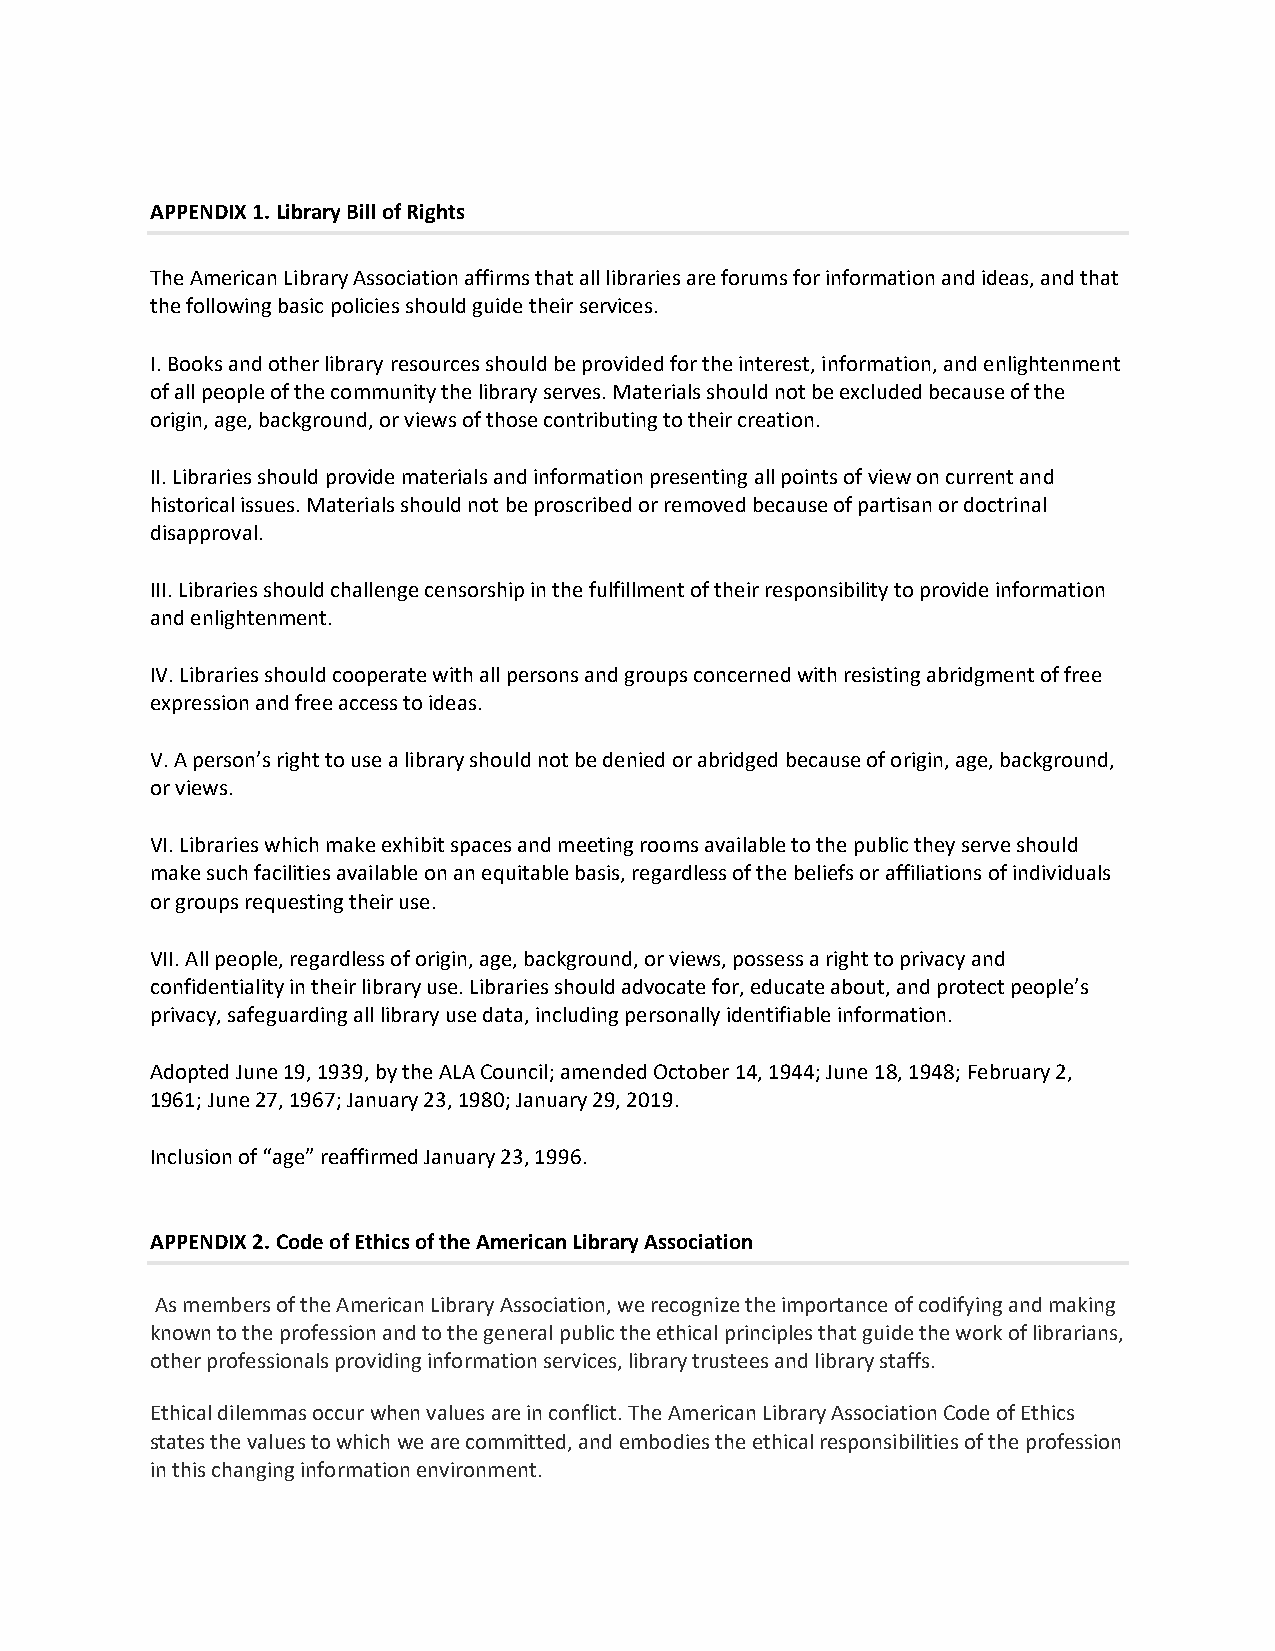
APPENDIX 1. Library Bill of Rights
 The American Library Association affirms that all libraries are forums for information and ideas, and that
 the following basic policies should guide their services.
 I. Books and other library resources should be provided for the interest, information, and enlightenment
 of all people of the community the library serves. Materials should not be excluded because of the
 origin, age, background, or views of those contributing to their creation.
 II. Libraries should provide materials and information presenting all points of view on current and
 historical issues. Materials should not be proscribed or removed because of partisan or doctrinal
 disapproval.
 III. Libraries should challenge censorship in the fulfillment of their responsibility to provide information
 and enlightenment.
 IV. Libraries should cooperate with all persons and groups concerned with resisting abridgment of free
 expression and free access to ideas.
 V. A person’s right to use a library should not be denied or abridged because of origin, age, background,
 or views.
 VI. Libraries which make exhibit spaces and meeting rooms available to the public they serve should
 make such facilities available on an equitable basis, regardless of the beliefs or affiliations of individuals
 or groups requesting their use.
 VII. All people, regardless of origin, age, background, or views, possess a right to privacy and
 confidentiality in their library use. Libraries should advocate for, educate about, and protect people’s
 privacy, safeguarding all library use data, including personally identifiable information.
 Adopted June 19, 1939, by the ALA Council; amended October 14, 1944; June 18, 1948; February 2,
 1961; June 27, 1967; January 23, 1980; January 29, 2019.
 Inclusion of “age” reaffirmed January 23, 1996.
 APPENDIX 2. Code of Ethics of the American Library Association
 As members of the American Library Association, we recognize the importance of codifying and making
 known to the profession and to the general public the ethical principles that guide the work of librarians,
 other professionals providing information services, library trustees and library staffs.
 Ethical dilemmas occur when values are in conflict. The American Library Association Code of Ethics
 states the values to which we are committed, and embodies the ethical responsibilities of the profession
 in this changing information environment.